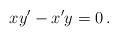
LaTeX: \begin{align*}xy'-x'y=0\,.\end{align*}